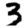
Digit: 3